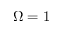
\Omega = 1